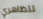
تتظاهري